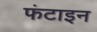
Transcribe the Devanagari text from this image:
फंटाइन